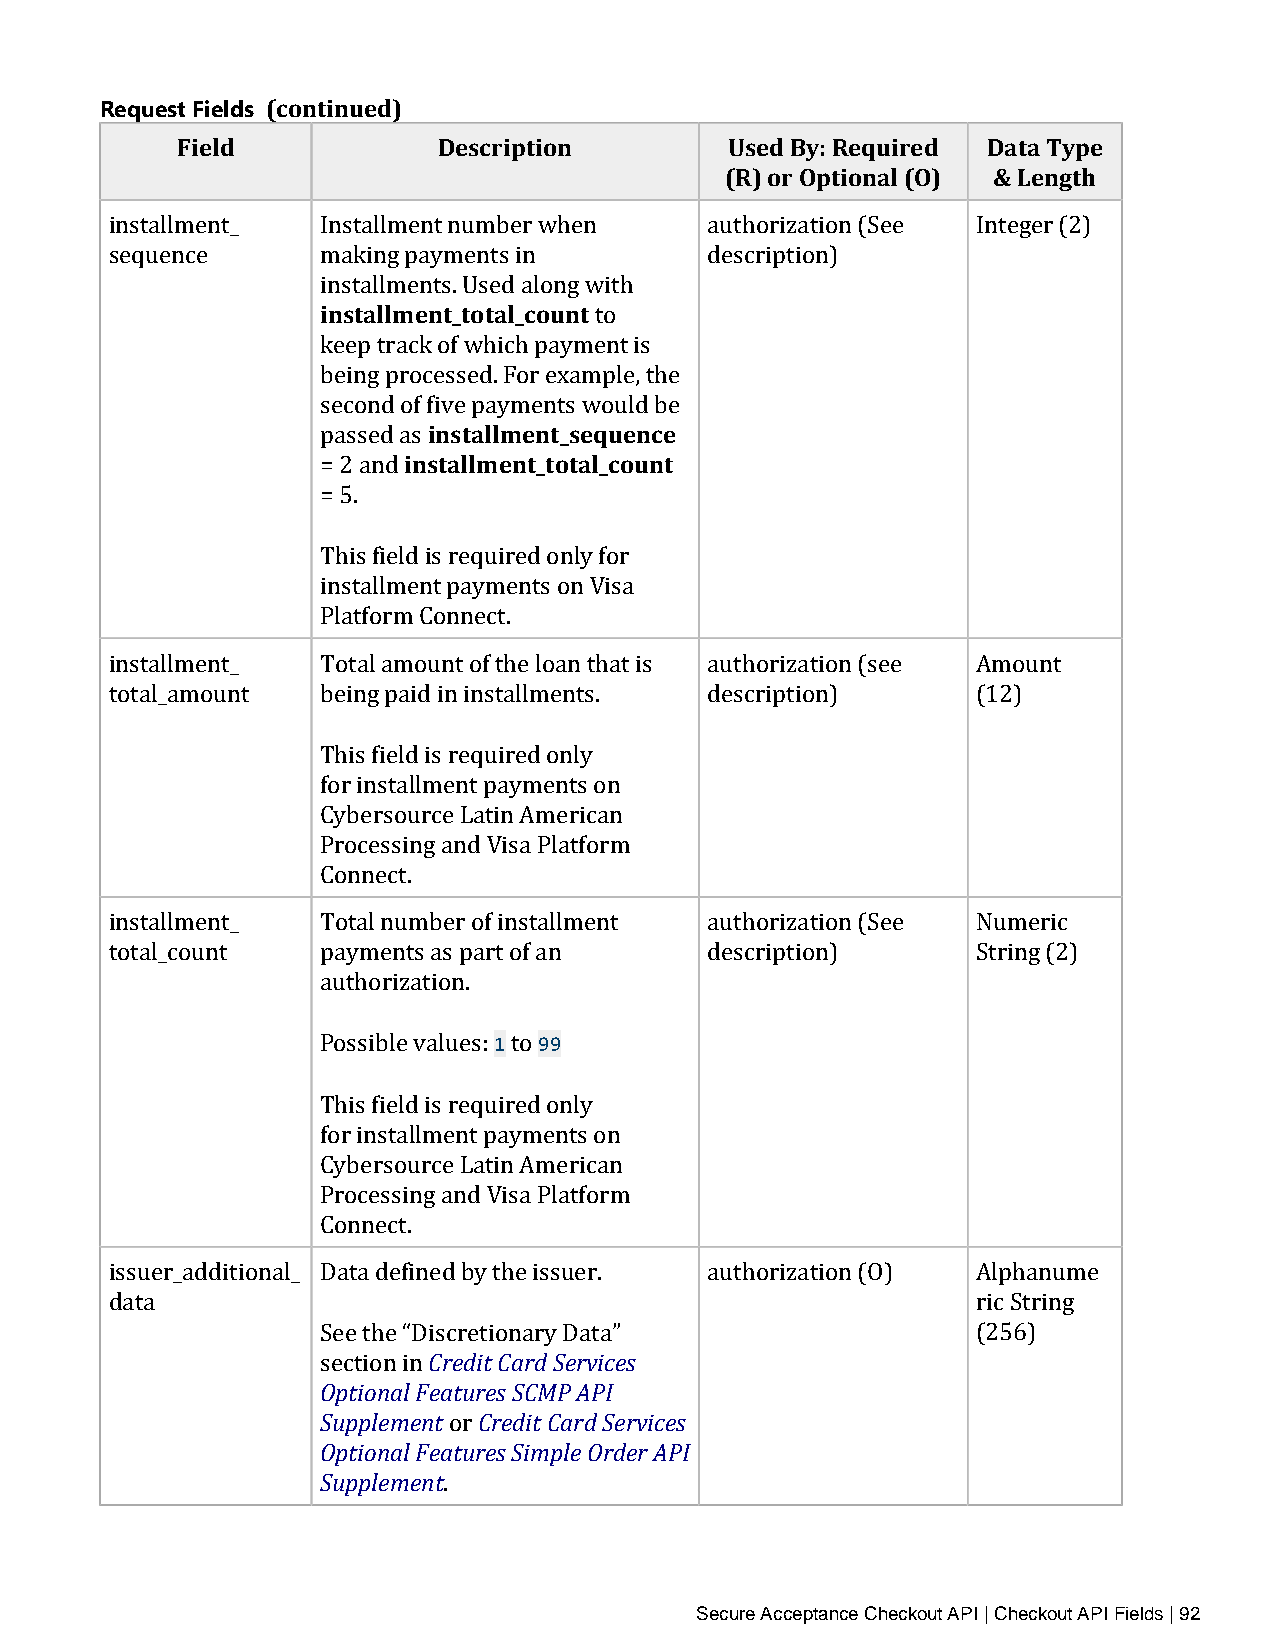
Request Fields (continued)
 Field            Description        Used By: Required Data Type
 (R) or Optional (O) & Length
 installment_  Installment number when   authorization (See Integer (2)
 sequence      minasktainllgm peanytm_teonttasl _inco unt description)
 installments. Used along with
 to
 keep track of which payment is
 being prociensssteadll. mFoern etx_saemqpulee,n tchee
 second oinf fsitvael lpmayemnte_ntotst awl_ocuolud nbte
 passed as
 = 2 and
 = 5.
 This field is required only for
 installment payments on Visa
 Platform Connect.
 installment_  Total amount of the loan that is authorization (see Amount
 total_amount  being paid in installments. description)    (12)
 This field is required only
 for installment payments on
 Cybersource Latin American
 Processing and Visa Platform
 Connect.
 installment_  Total number of installment authorization (See Numeric
 total_count   payments as part of an    description)      String (2)
 authorization.
 1  99
 Possible values: to
 This field is required only
 for installment payments on
 Cybersource Latin American
 Processing and Visa Platform
 Connect.
 issuer_additional_ Data defined by the issuer. authorization (O) Alphanume
 data                                                      ric String
 Credit Card Services
 SOepet itohnea “l DFiesactruerteios nSaCrMy PD AaPtaI” (256)
 sSeucptpiolenm inen t Credit Card Services
 Optional Features Simple Order API
 Supplement or
 .
 Secure Acceptance Checkout API | Checkout API Fields | 92